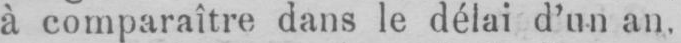
à, comparaître dans le délai d’un an.